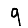
Digit: 9